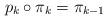
LaTeX: \begin{align*}p_{k}\circ\pi_{k}=\pi_{k-1}\end{align*}